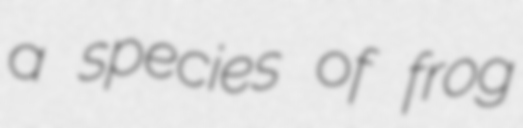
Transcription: a species of frog